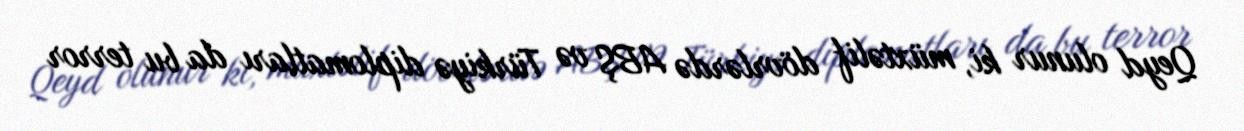
Qeyd olunur ki, müxtəlif dövrlərdə ABŞ və Türkiyə diplomatları da bu terror